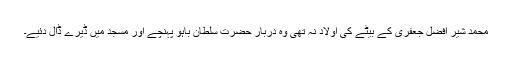
محمد شیر افضل جعفری کے بیٹے کی اولاد نہ تھی وہ دربار حضرت سلطان باہو پہنچے اور مسجد میں ڈیرے ڈال دئیے۔